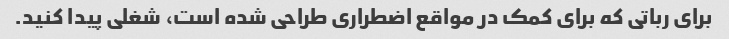
برای رباتی که برای کمک در مواقع اضطراری طراحی شده است، شغلی پیدا کنید.